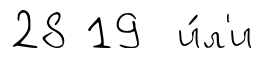
28 19 и́л'и